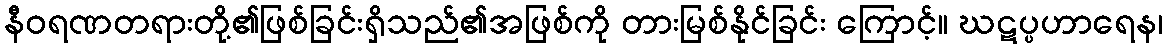
နီဝရဏတရားတို့၏ဖြစ်ခြင်းရှိသည်၏အဖြစ်ကို တားမြစ်နိုင်ခြင်း ကြောင့်။ ဃဋပ္ပဟာရေန၊